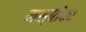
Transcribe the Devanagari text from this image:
मस्तिका